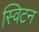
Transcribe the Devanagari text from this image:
स्विटन